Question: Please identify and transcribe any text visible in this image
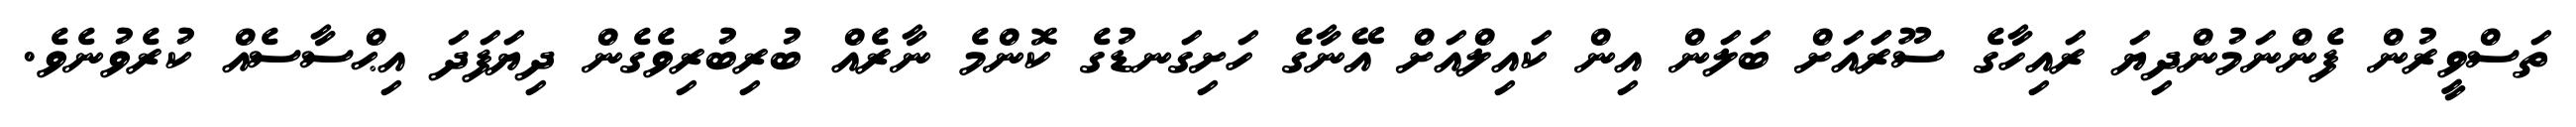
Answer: ތަސްވީރުން ފެންނަމުންދިޔަ ރައިހާގެ ސޫރަައަށް ބަލަން އިން ކައިލްއަށް އޭނާގެ ހަށިގަނޑުގެ ކޮންމެ ނާރެއް ބުރިބުރިވެގެން ދިޔަފަދަ އިޙްސާސެއް ކުރެވުނެވެ.